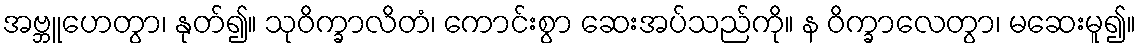
အဗ္ဘူဟေတွာ၊ နုတ်၍။ သုဝိက္ခာလိတံ၊ ကောင်းစွာ ဆေးအပ်သည်ကို။ န ဝိက္ခာလေတွာ၊ မဆေးမူ၍။